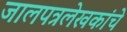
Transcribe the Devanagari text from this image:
जालपत्रलेखकांचे